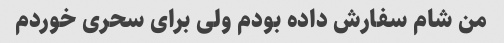
من شام سفارش داده بودم ولی برای سحری خوردم